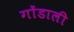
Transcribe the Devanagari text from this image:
गोंडाली